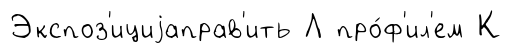
Экспоз'ициjаправ'ить Л про́ф'ил'ем К